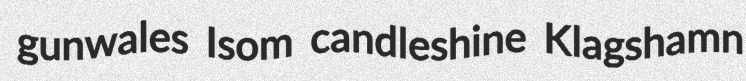
gunwales Isom candleshine Klagshamn